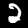
Label: 2